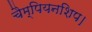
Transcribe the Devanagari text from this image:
चैम्पियनशिप।